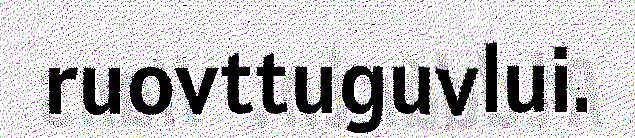
ruovttuguvlui.